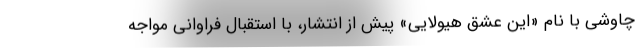
چاوشی با نام «این عشق هیولایی» پیش از انتشار، با استقبال فراوانی مواجه